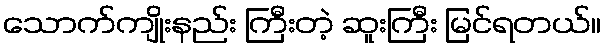
သောက်ကျိုးနည်း ကြီးတဲ့ ဆူးကြီး မြင်ရတယ်။